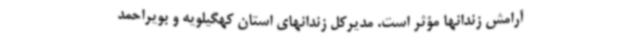
آرامش زندانها مؤثر است. مدیرکل زندانهای استان کهگیلویه و بویراحمد